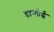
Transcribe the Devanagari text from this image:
डान्गोई